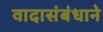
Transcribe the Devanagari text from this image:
वादासंबंधाने